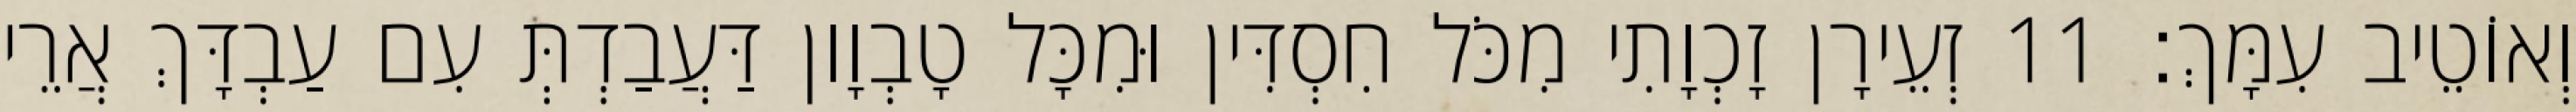
וְאוֹטֵיב עִמָּךְ׃ 11 זְעֵירָן זָכְוָתִי מִכֹּל חִסְדִּין וּמִכָּל טָבְוָון דַּעֲבַדְתְּ עִם עַבְדָּךְ אֲרֵי